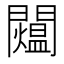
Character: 𨷐